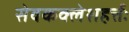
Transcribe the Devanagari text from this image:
सेवकक्लेशहर्त्तः